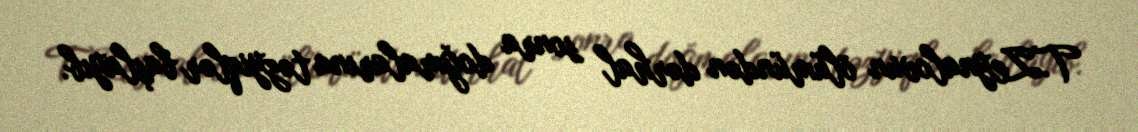
T.Zeynalovun ölümündən dərhal sonra doğmalarına təzyiqlər başlayıb.